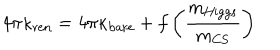
LaTeX: 4 \pi \kappa _ { \mathrm { r e n } } = 4 \pi \kappa _ { \mathrm { b a r e } } + f \left( { \frac { m _ { \mathrm { H i g g s } } } { m _ { \mathrm { C S } } } } \right)